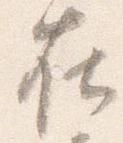
在